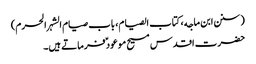
(سنن ابن ماجه، کتاب الصیام، باب صیام الشہر الحرم)
حضرت اقدس مسیح موعود ؑ فرماتے ہیں۔